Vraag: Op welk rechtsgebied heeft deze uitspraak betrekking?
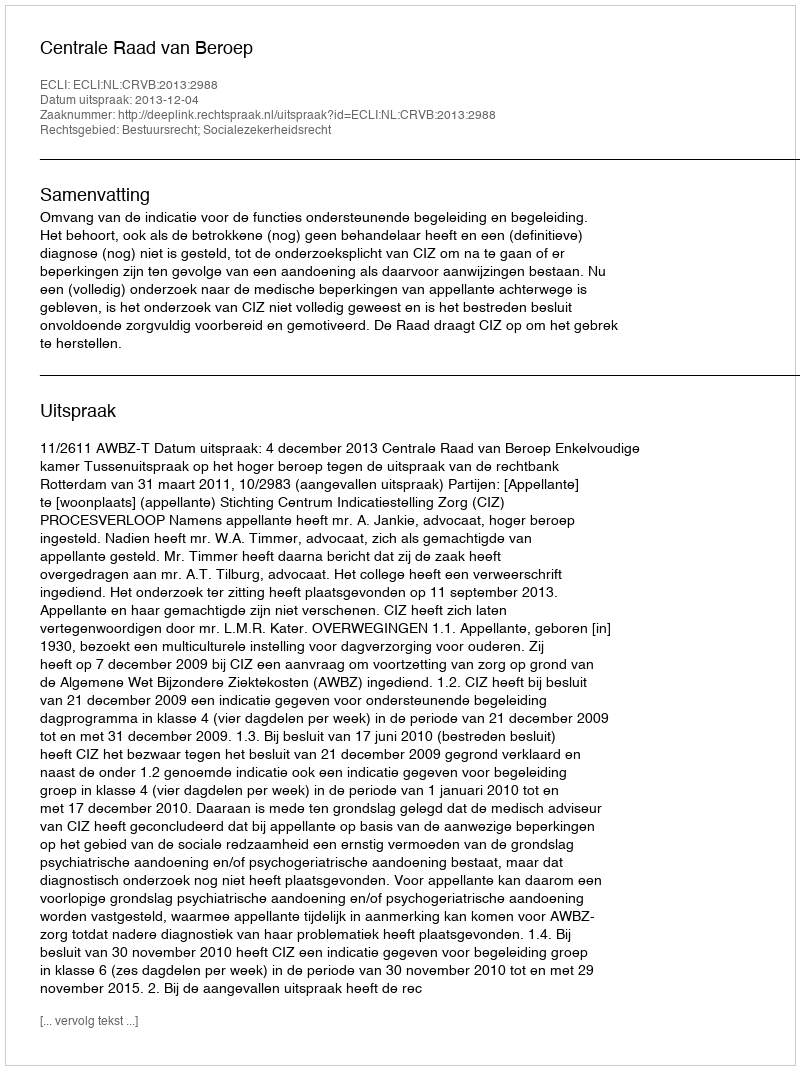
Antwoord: Bestuursrecht; Socialezekerheidsrecht